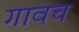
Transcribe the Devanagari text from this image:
गावच